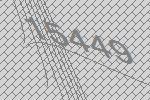
15449